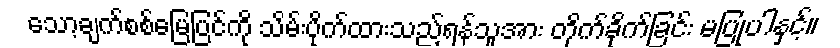
သော့ချက်စစ်မြေပြင်ကို သိမ်းပိုက်ထားသည့်ရန်သူအား တိုက်ခိုက်ခြင်း မပြုပါနှင့်။